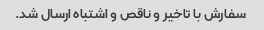
سفارش با تاخیر و ناقص و اشتباه ارسال شد.